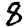
Digit: 8